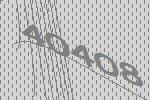
40408